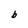
Character: b